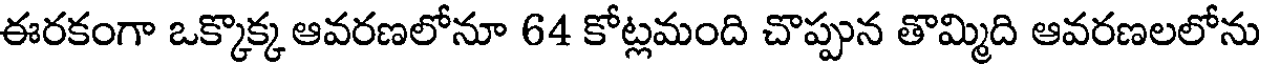
ఈరకంగా ఒక్కొక్క ఆవరణలోనూ 64 కోట్లమంది చొప్పున తొమ్మది ఆవరణలలోను